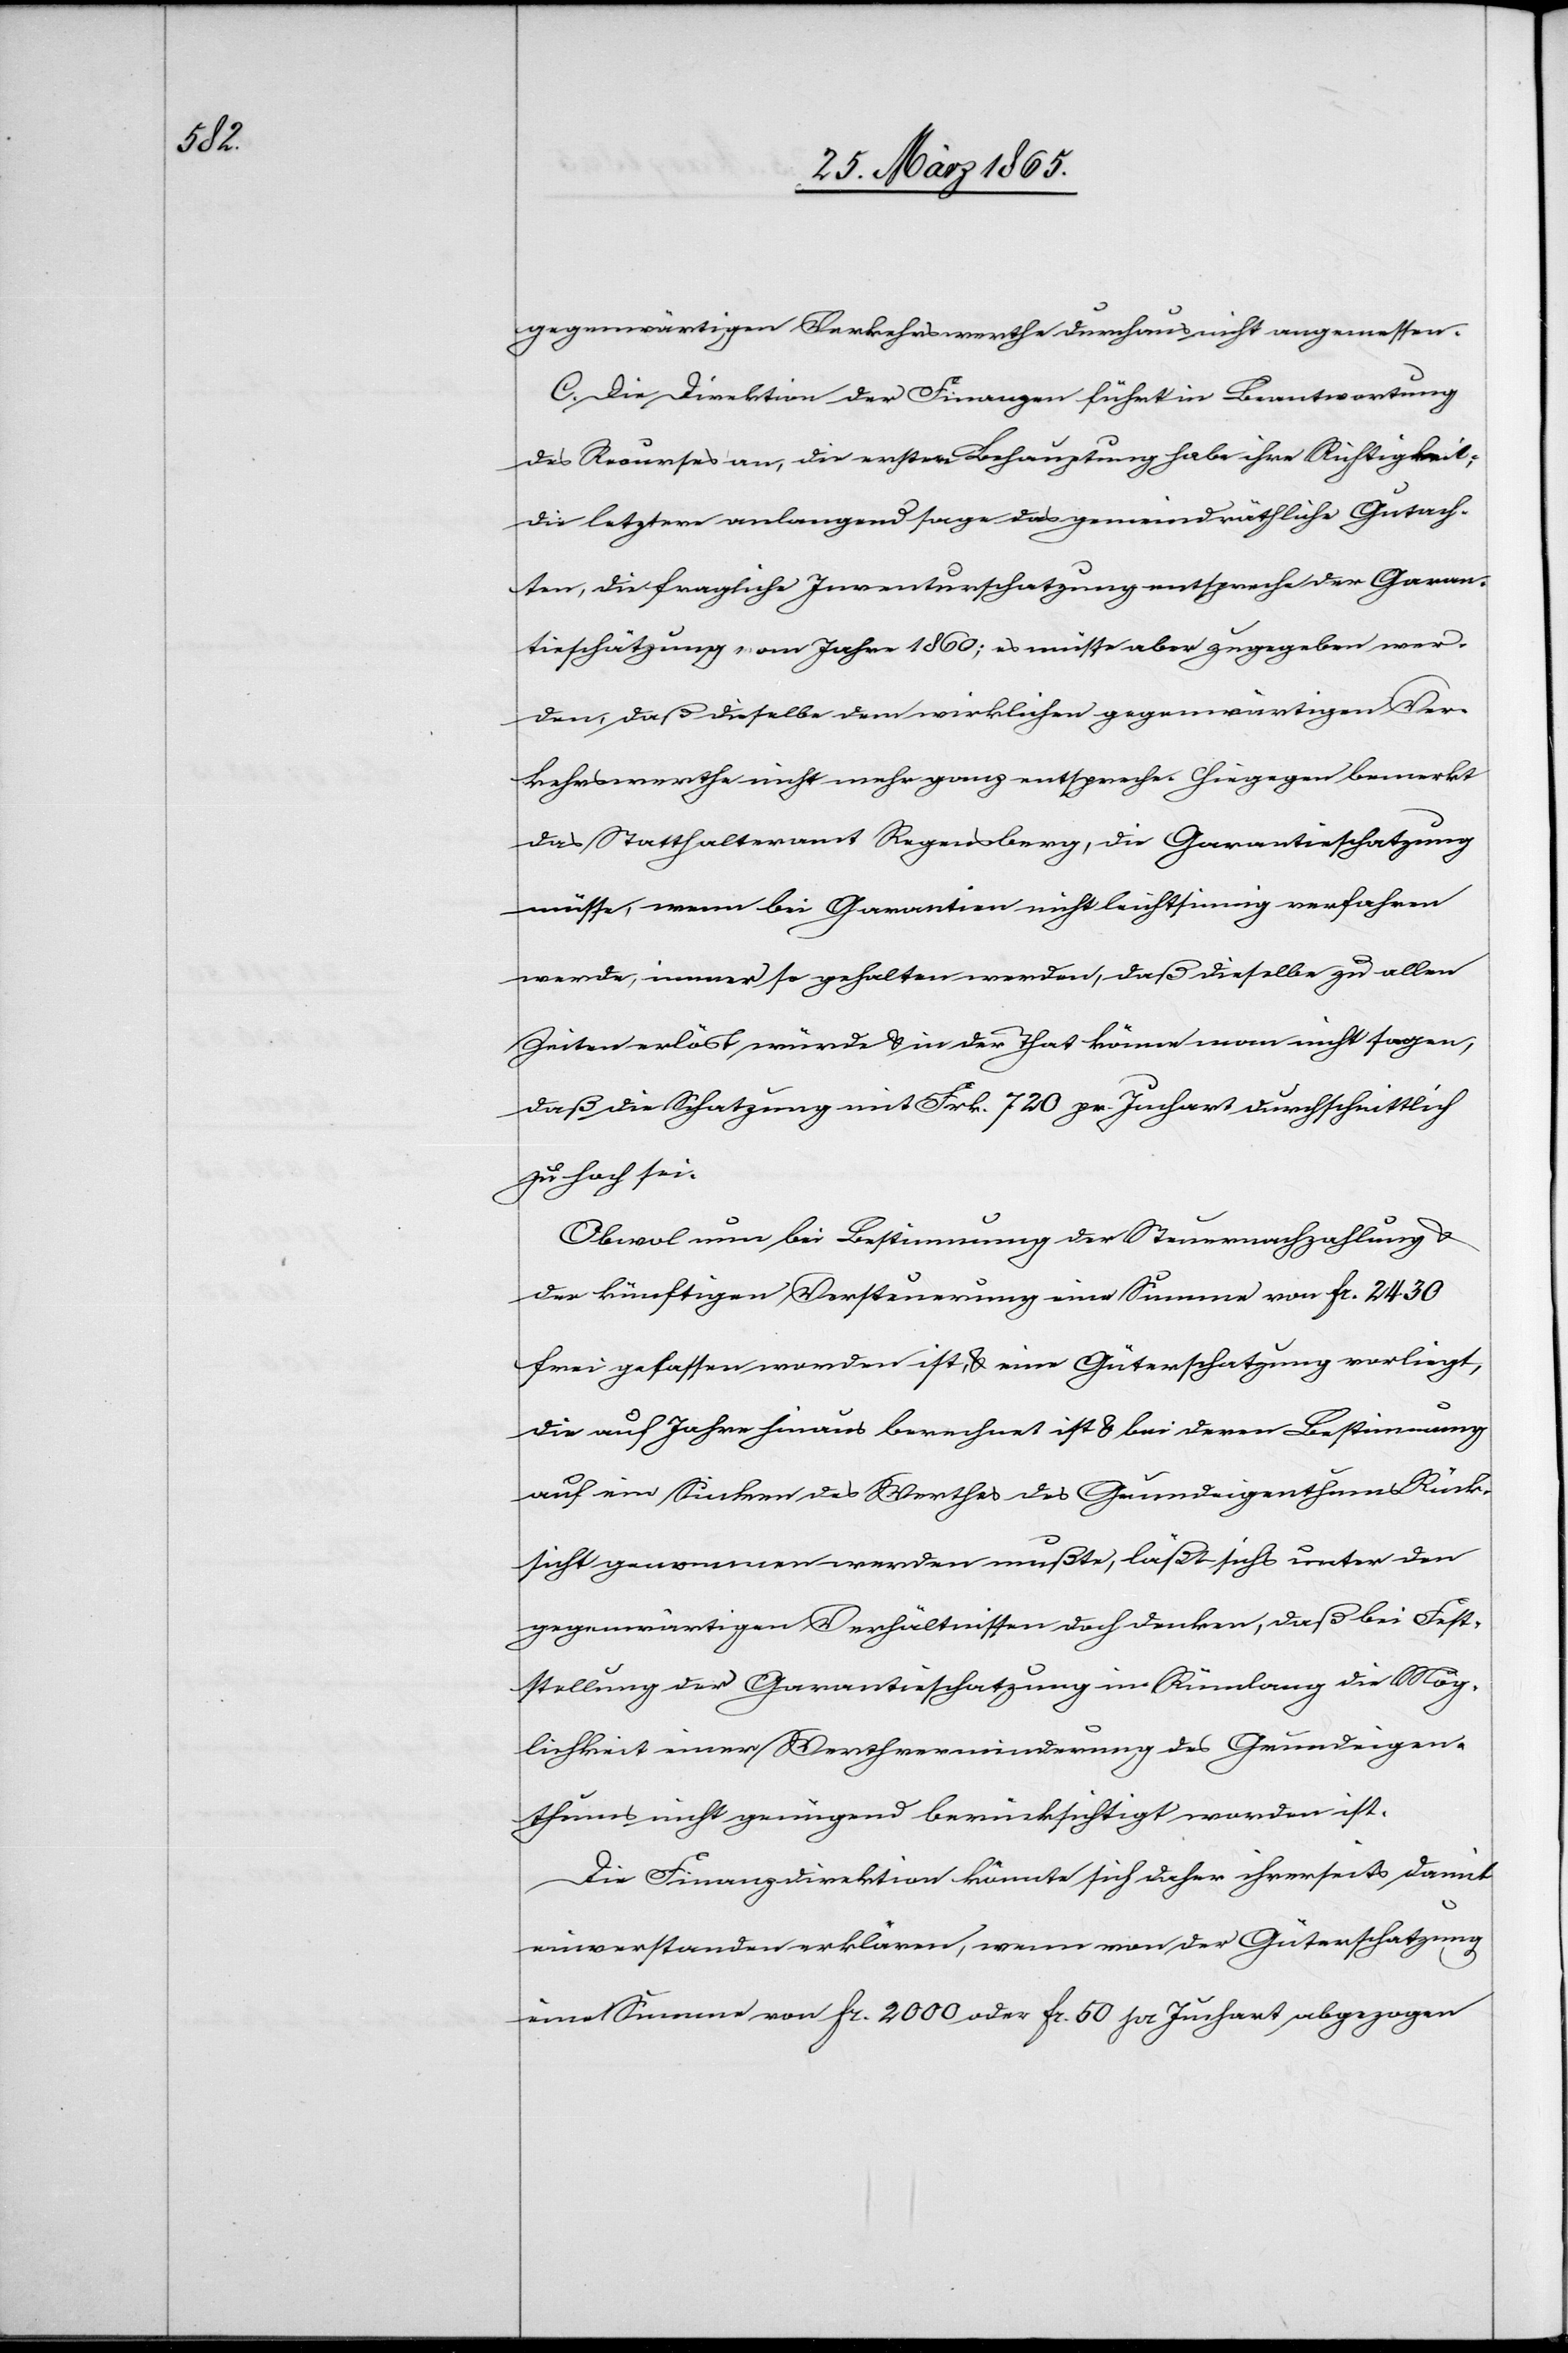
gegenwärtigen Verkehrswerthe durchaus nicht angemessen.
C. Die Direktion der Finanzen führt in Beantwortung
des Recurses an, die erstere Behauptung habe ihre Richtigkeit;
die letztere anlangend sage das gemeindräthliche Gutach¬
ten, die fragliche Inventurschatzung entspreche der Garan¬
tieschätzung vom Jahre 1860; es müsse aber zugegeben wer¬
den, daß dieselbe dem wirklichen gegenwärtigen Ver¬
kehrswerthe nicht mehr ganz entspreche. Hiegegen bemerkt
das Statthalteramt Regensberg, die Garantieschatzung
müsse, wenn bei Garantien nicht leichtsinnig verfahren
werde, immer so gehalten werden, daß dieselbe zu allen
Zeiten erlöst würde & in der That könne man nicht sagen,
daß die Schatzung mit Frk. 720 pr. Juchart durchschnittlich
zu hoch sei.
Obwol nun bei Bestimmung der Steuernachzahlung &
der künftigen Versteuerung eine Summe von fr. 2430
frei gelassen worden ist, & eine Güterschatzung vorliegt,
die auf Jahre hinaus berechnet ist & bei deren Bestimmung
auf ein Sinken des Werthes des Grundeigenthums Rück¬
sicht genommen werden mußte, läßt sichs unter den
gegenwärtigen Verhältnissen doch denken, daß bei Fest¬
stellung der Garantieschatzung in Rümlang die Mög¬
lichkeit einer Werthverminderung des Grundeigen¬
thums nicht genügend berücksichtigt worden ist.
Die Finanzdirektion könnte sich daher ihrerseits damit
einverstanden erklären, wenn von der Güterschatzung
eine Summe von fr. 2000 oder fr. 50 pr Juchart abgezogen